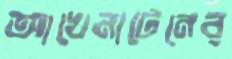
আখেনাটেনের